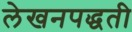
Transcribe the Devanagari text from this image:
लेखनपद्धती